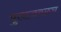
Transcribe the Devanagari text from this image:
पुलाजवळच